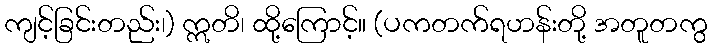
ကျင့်ခြင်းတည်း၊) ဣတိ၊ ထို့ကြောင့်။ (ပကတက်ရဟန်းတို့ အတူတကွ